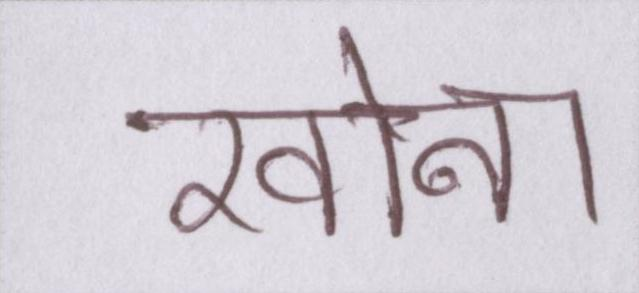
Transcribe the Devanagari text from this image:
खोना